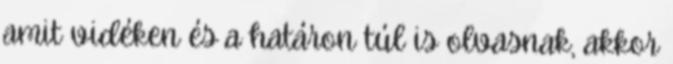
amit vidéken és a határon túl is olvasnak, akkor